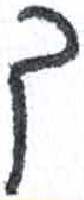
אות: ך